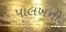
પાલખની